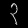
Digit: ၃